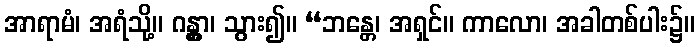
အာရာမံ၊ အရံသို့။ ဂန္တွာ၊ သွား၍။ “ဘန္တေ၊ အရှင်။ ကာလော၊ အခါတစ်ပါး၌။